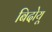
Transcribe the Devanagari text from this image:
बिदोयू